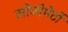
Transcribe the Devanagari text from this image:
सोजोमेर्टो